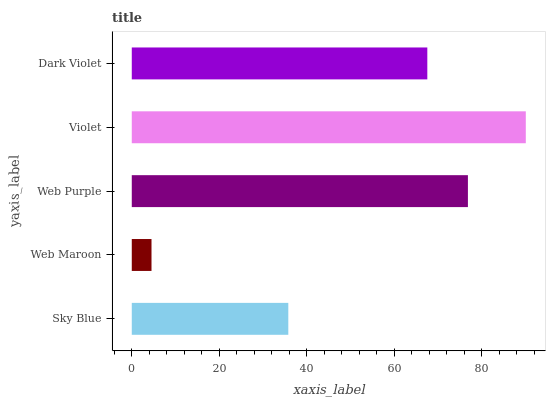
| yaxis_label | bars |
 | --- | --- |
 | Sky Blue | 35.8 |
 | Web Maroon | 4.51 |
 | Web Purple | 76.8 |
 | Violet | 90.1 |
 | Dark Violet | 67.6 |